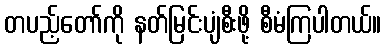
တပည့်တော်ကို နတ်မြင်းပျံစီးဖို့ စီမံကြပါတယ်။